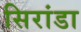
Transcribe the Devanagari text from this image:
सिरांडा